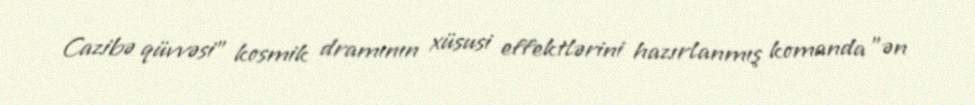
Cazibə qüvvəsi" kosmik dramının xüsusi effektlərini hazırlanmış komanda "ən